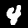
Label: 4